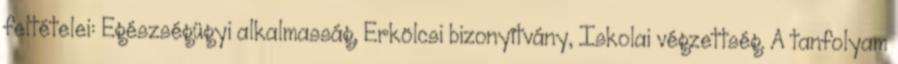
feltételei: Egészségügyi alkalmasság, Erkölcsi bizonyítvány, Iskolai végzettség. A tanfolyam